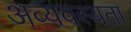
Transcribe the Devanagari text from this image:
अव्यवस्थता